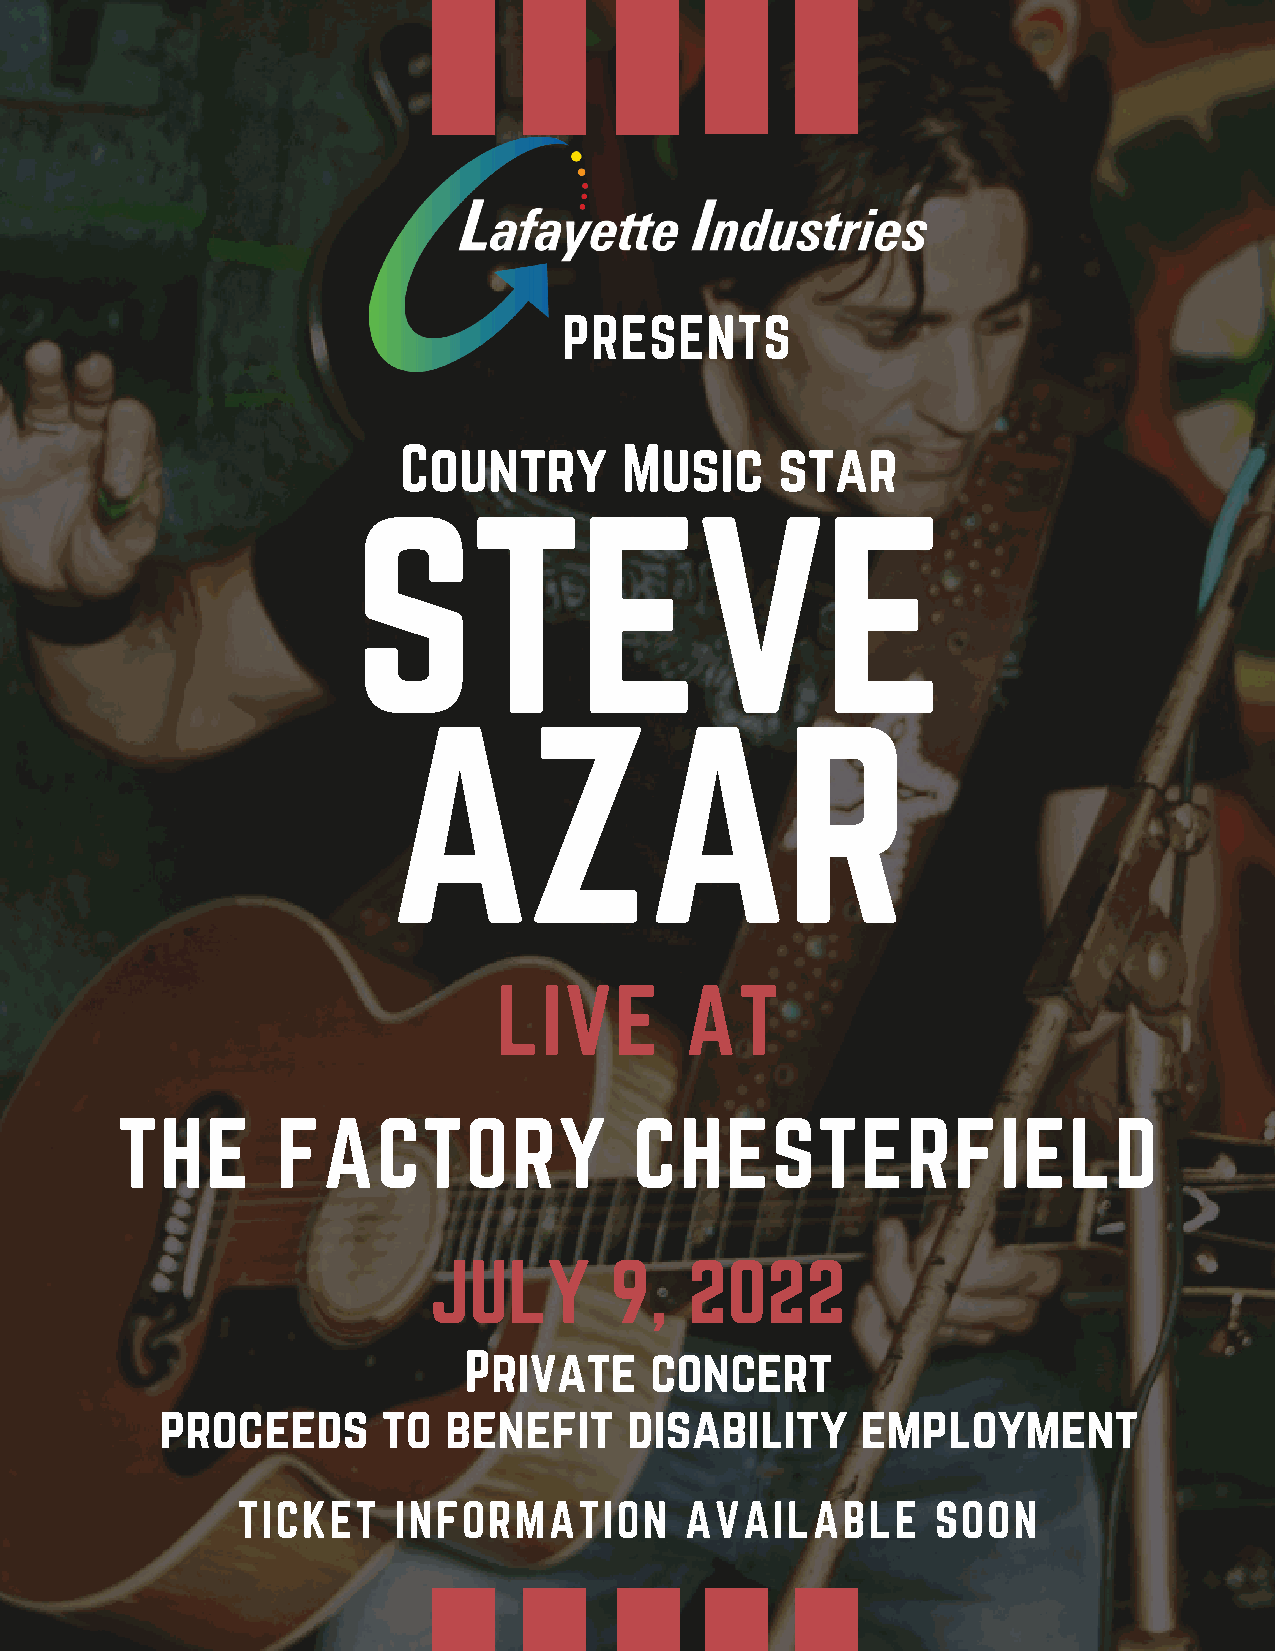
PRESENTS
 Country        Music      star
 STEVE
 AZAR
 LIVE        AT
 THE       FACTORY                 CHESTERFIELD
 JULY        9,    2022
 Private     concert
 proceeds      to  benefit      disability     employment
 TICKET    INFORMATION        AVAILABLE        SOON